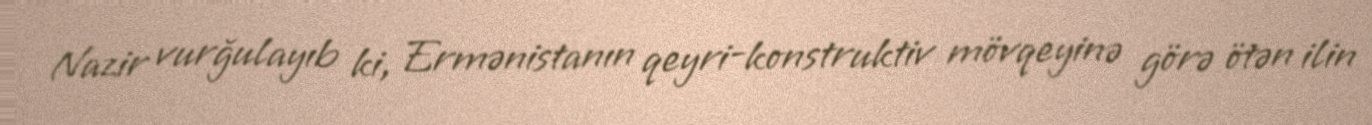
Nazir vurğulayıb ki, Ermənistanın qeyri-konstruktiv mövqeyinə görə ötən ilin